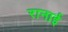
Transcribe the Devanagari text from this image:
रानाई